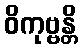
ဝိကုဗ္ဗန္တိ